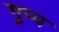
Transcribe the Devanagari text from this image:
गुप्प